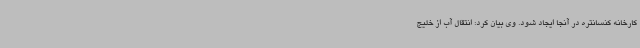
کارخانه کنسانتره در آنجا ایجاد شود. وی بیان کرد: انتقال آب از خلیج